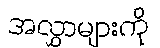
အလွှာများကို